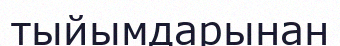
тыйымдарынан